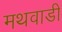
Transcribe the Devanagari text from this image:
मथवाडी